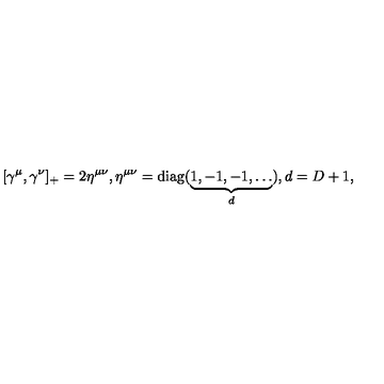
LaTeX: \lbrack \gamma ^ { \mu } , \gamma ^ { \nu } ] _ { + } = 2 \eta ^ { \mu \nu } , \eta ^ { \mu \nu } = \mathrm { d i a g } ( \underbrace { 1 , - 1 , - 1 , \ldots } _ { d } ) , d = D + 1 ,